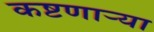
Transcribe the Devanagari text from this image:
कष्टणार्‍या